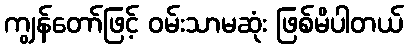
ကျွန်တော်ဖြင့် ဝမ်းသာမဆုံး ဖြစ်မိပါတယ်